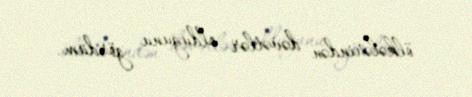
ölkələrindən dəvətlər olduğunu gördüm.